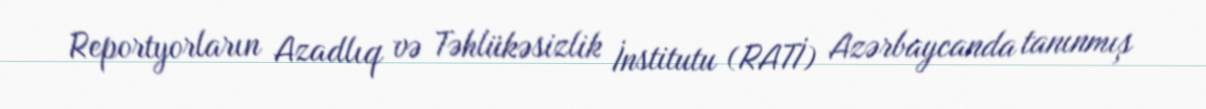
Reportyorların Azadlıq və Təhlükəsizlik İnstitutu (RATİ) Azərbaycanda tanınmış